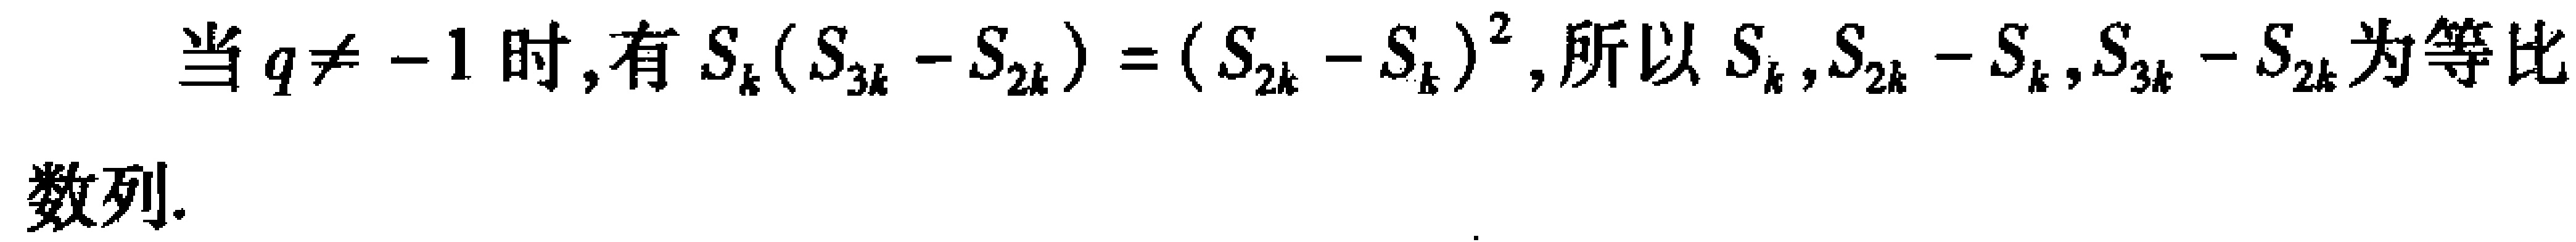
当 \(q \neq -1\) 时,有 \(S_{k}(S_{3k} - S_{2k}) = (S_{2k} - S_{k})^{2}\), 所以 \(S_{k},S_{2k} - S_{k},S_{3k} - S_{2k}\) 为等比数列.